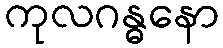
ကုလဂန္ဓနော